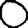
Digit: 0